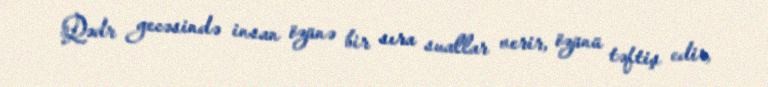
Qədr gecəsində insan özünə bir sıra suallar verir, özünü təftiş edir,